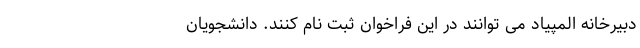
دبیرخانه المپیاد می توانند در این فراخوان ثبت نام کنند. دانشجویان